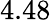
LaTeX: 4.48